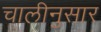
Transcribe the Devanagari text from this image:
चालीनुसार